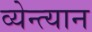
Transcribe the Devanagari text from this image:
व्येन्त्यान